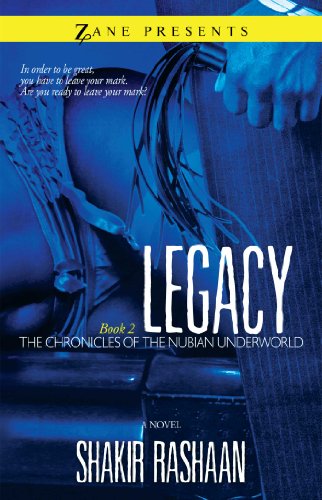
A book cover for Legacy: Book Two of the Chronicles of the Nubian Underworld; Shakir Rashaan; Romance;